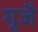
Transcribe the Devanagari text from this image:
गुजै